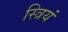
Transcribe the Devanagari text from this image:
स्त्रियं